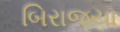
બિરાજયા